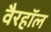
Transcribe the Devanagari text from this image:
वैरहॉल